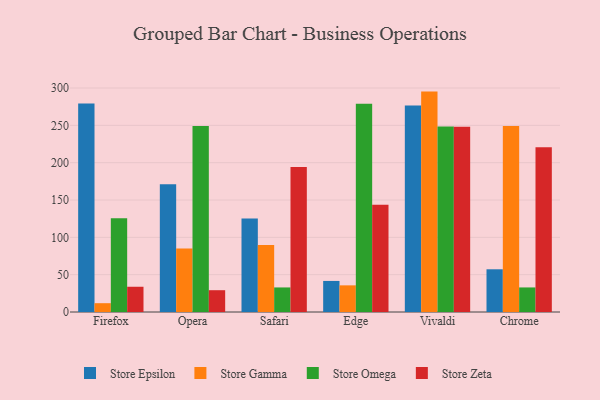
{"axis": {"x": "Browser", "y": "Operating Costs (USD K)"}, "legend": ["Store Epsilon", "Store Gamma", "Store Omega", "Store Zeta"], "data": [{"x": "Firefox", "y": 279.2, "type": "Store Epsilon"}, {"x": "Firefox", "y": 11.8, "type": "Store Gamma"}, {"x": "Firefox", "y": 125.7, "type": "Store Omega"}, {"x": "Firefox", "y": 33.8, "type": "Store Zeta"}, {"x": "Opera", "y": 171.1, "type": "Store Epsilon"}, {"x": "Opera", "y": 85.1, "type": "Store Gamma"}, {"x": "Opera", "y": 249.2, "type": "Store Omega"}, {"x": "Opera", "y": 29.2, "type": "Store Zeta"}, {"x": "Safari", "y": 125.3, "type": "Store Epsilon"}, {"x": "Safari", "y": 89.9, "type": "Store Gamma"}, {"x": "Safari", "y": 32.9, "type": "Store Omega"}, {"x": "Safari", "y": 194.2, "type": "Store Zeta"}, {"x": "Edge", "y": 41.6, "type": "Store Epsilon"}, {"x": "Edge", "y": 35.7, "type": "Store Gamma"}, {"x": "Edge", "y": 278.8, "type": "Store Omega"}, {"x": "Edge", "y": 143.8, "type": "Store Zeta"}, {"x": "Vivaldi", "y": 276.5, "type": "Store Epsilon"}, {"x": "Vivaldi", "y": 295.2, "type": "Store Gamma"}, {"x": "Vivaldi", "y": 248.6, "type": "Store Omega"}, {"x": "Vivaldi", "y": 248.2, "type": "Store Zeta"}, {"x": "Chrome", "y": 57.2, "type": "Store Epsilon"}, {"x": "Chrome", "y": 249.2, "type": "Store Gamma"}, {"x": "Chrome", "y": 32.9, "type": "Store Omega"}, {"x": "Chrome", "y": 220.8, "type": "Store Zeta"}]}